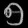
Digit: ၅